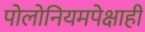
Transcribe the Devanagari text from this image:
पोलोनियमपेक्षाही